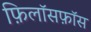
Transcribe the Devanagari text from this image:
फ़िलॉसफ़ॉस